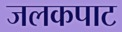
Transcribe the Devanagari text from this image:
जलकपाट